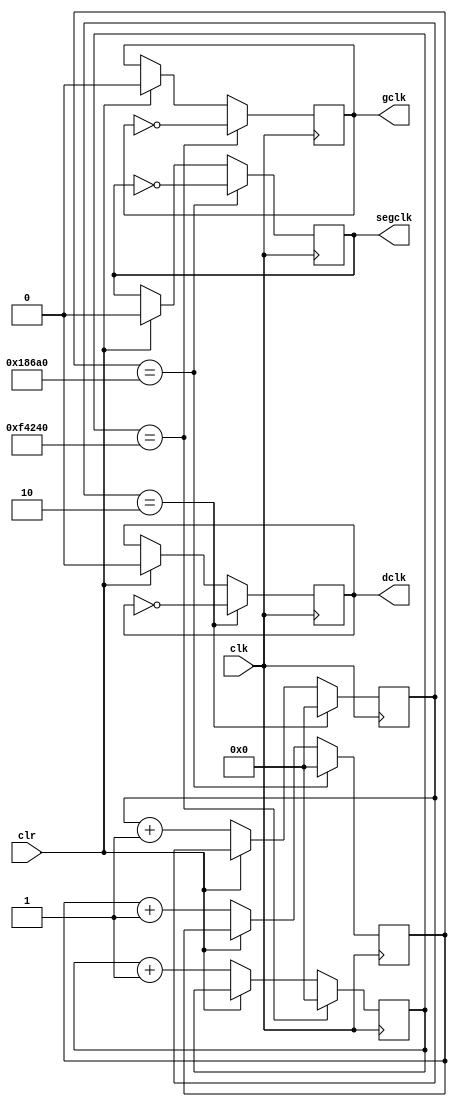
`timescale 1ns / 1ps

module clockdiv(
	input wire clk,		//master clock: 100MHz
	input wire clr,		//asynchronous reset
	output wire dclk,		//pixel clock: 25MHz
	output wire segclk,	//7-segment clock: 381.47Hz
  	output wire gclk
	);

// 17-bit counter variable
  reg[27:0] counter_dclk=28'd0;
  reg[27:0] counter_segclk=28'd0;
  reg[27:0] counter_gclk=28'd0;
  reg dclk_reg;
  reg segclk_reg;
  reg gclk_reg;
  parameter DIVISOR_dclk = 28'd2; //TESTBENCH VALUESS!!!!!!!!!
  parameter DIVISOR_segclk = 28'd100000;
  parameter DIVISOR_gclk = 28'd1000000;
//  parameter DIVISOR_segclk = 28'd10;
//  parameter DIVISOR_gclk = 28'd10;

 initial begin
 counter_dclk <= 0;
 counter_segclk <= 0;
 counter_gclk <= 0;
 dclk_reg <= 0;
 segclk_reg <= 0;
 gclk_reg <= 0;
 end

// Clock divider --
// Each bit in q is a clock signal that is
// only a fraction of the master clock.
always @(posedge clk)
begin
	// reset condition
  if (clr == 1) begin
		dclk_reg <= 0;
  		segclk_reg <= 0;
    	gclk_reg <= 0;
  end
	else begin
		counter_dclk <= counter_dclk +28'd1;
        counter_segclk <= counter_segclk + 28'd1;
      	counter_gclk <= counter_gclk + 28'd1;
    end
  //Divide
  if (counter_dclk == DIVISOR_dclk) begin
       dclk_reg <= ~dclk_reg;
       counter_dclk <= 0;
   end
  if (counter_segclk == DIVISOR_segclk) begin
       segclk_reg <= ~segclk_reg;
       counter_segclk <= 0;
   end
  if (counter_gclk == DIVISOR_gclk) begin
       gclk_reg <= ~gclk_reg;
       counter_gclk <= 0;
   end
end

assign gclk = gclk_reg;
assign segclk = segclk_reg;
assign dclk = dclk_reg;


endmodule